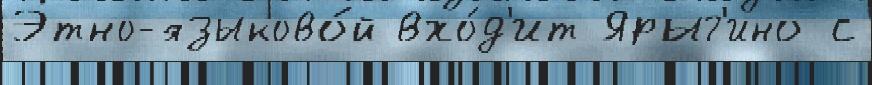
Этно-языково́й вхо́д'ит Ярыг'ино с